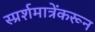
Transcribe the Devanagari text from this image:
स्प्रर्शमात्रेंकरून